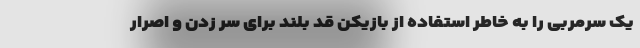
یک سرمربی را به خاطر استفاده از بازیکن قد بلند برای سر زدن و اصرار